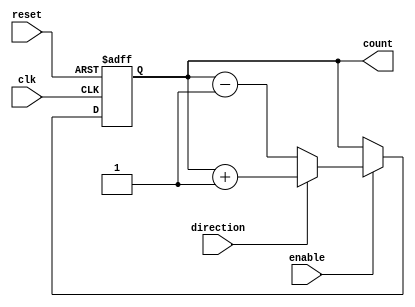
module GrayCounter (
  input clk,
  input reset,
  input enable,
  input direction,
  output reg [3:0] count
);

reg [3:0] next_count;

always @(posedge clk or posedge reset) begin
  if (reset) begin
    count <= 4'b0000;
  end else if (enable) begin
    if (direction) begin
      next_count = count + 1;
    end else begin
      next_count = count - 1;
    end
    count <= next_count;
  end
end

endmodule